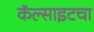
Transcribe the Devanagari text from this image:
कॅल्साइटचा